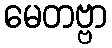
မေတဗ္ဗာ